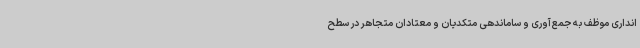
انداری موظف به جمع‌آوری و ساماندهی متکدیان و معتادان متجاهر در سطح